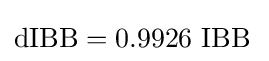
{\rm {{dIBB=0.9926\ IBB}\,}}